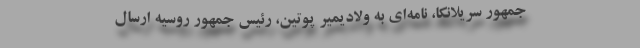
جمهور سریلانکا، نامه‌ای به ولادیمیر پوتین، رئیس جمهور روسیه ارسال